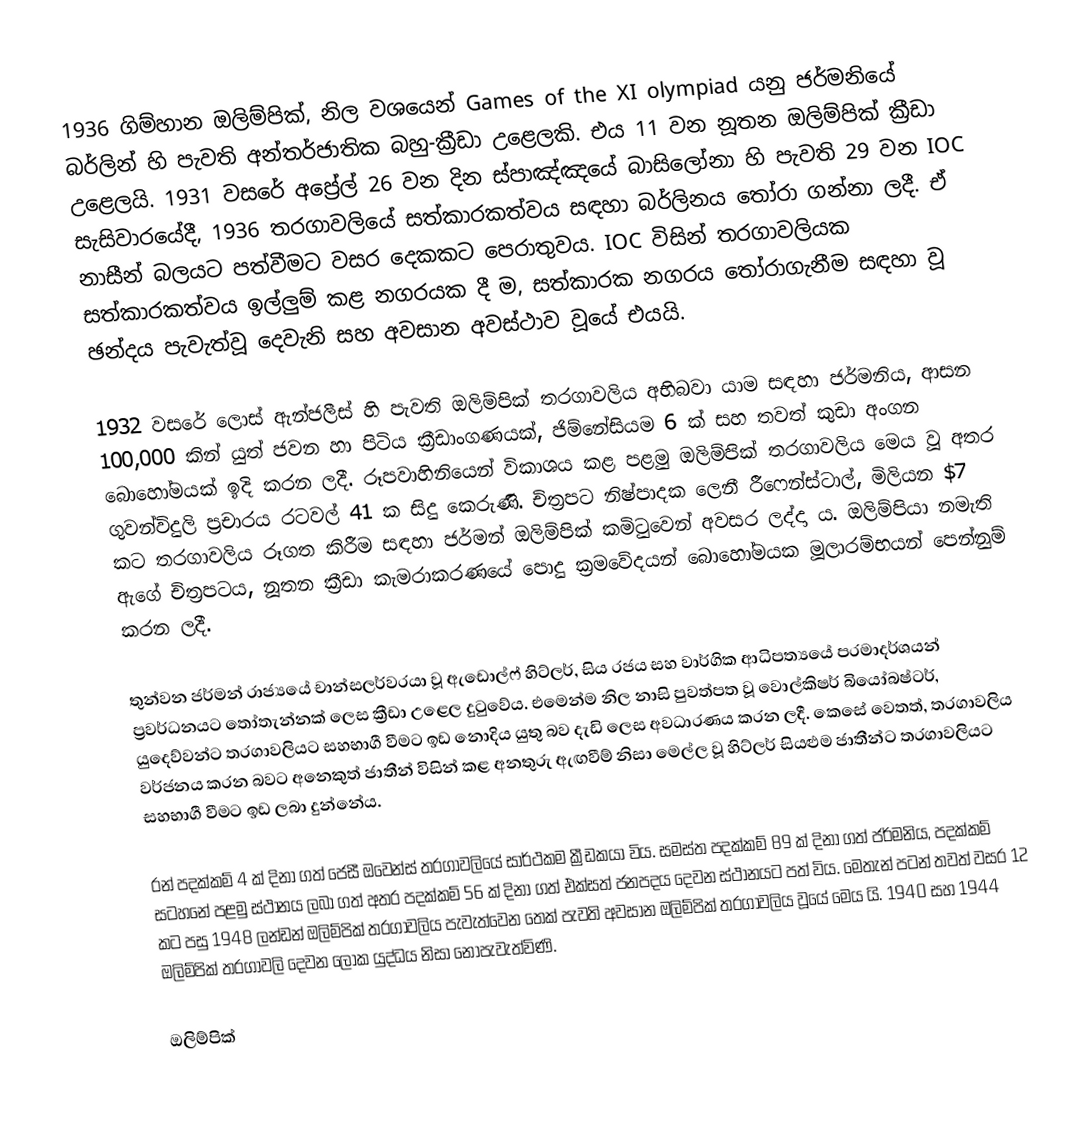
1936 ගිම්හාන ඔලිම්පික්, නිල වශයෙන් Games of the XI olympiad යනු ජර්මනියේ බර්ලින් හි පැවති අන්තර්ජාතික බහු-ක්‍රීඩා උළෙලකි. එය 11 වන නූතන ඔලිම්පික් ක්‍රීඩා උළෙලයි. 1931 වසරේ අප්‍රේල් 26 වන දින ස්පාඤ්ඤයේ බාසිලෝනා හි පැවති 29 වන IOC සැසිවාරයේදී, 1936 තරගාවලියේ සත්කාරකත්වය සඳහා බර්ලිනය තෝරා ගන්නා ලදී. ඒ නාසීන් බලයට පත්වීමට වසර දෙකකට පෙරාතුවය.  IOC විසින් තරගාවලියක සත්කාරකත්වය ඉල්ලුම් කළ නගරයක දී ම, සත්කාරක නගරය තෝරාගැනීම සඳහා වූ ඡන්දය පැවැත්වූ දෙවැනි සහ අවසාන අවස්ථාව වූයේ එයයි.

1932 වසරේ ලොස් ඇන්ජලීස් හි පැවති ඔලිම්පික් තරගාවලිය අභිබවා යාම සඳහා ජර්මනිය, ආසන 100,000 කින් යුත් ජවන හා පිටිය ක්‍රීඩාංගණයක්, ජිම්නේසියම 6 ක් සහ තවත් කුඩා අංගන බොහෝමයක් ඉදි කරන ලදී. රූපවාහිනියෙන් විකාශය කළ පළමු ඔලිම්පික් තරගාවලිය මෙය වූ අතර ගුවන්විදුලි ප්‍රචාරය රටවල් 41 ක සිදු කෙරුණි. චිත්‍රපට නිෂ්පාදක ලෙනී රීෆෙන්ස්ටාල්, මිලියන $7 කට තරගාවලිය රූගත කිරීම සඳහා ජර්මන් ඔලිම්පික් කමිටුවෙන් අවසර ලද්දා ය. ඔලිම්පියා නමැති ඇගේ චිත්‍රපටය, නූතන ක්‍රීඩා කැමරාකරණයේ පොදු ක්‍රමවේදයන් බොහෝමයක මූලාරම්භයන් පෙන්නුම් කරන ලදී.

තුන්වන ජර්මන් රාජ්‍යයේ චාන්සලර්වරයා වූ ඇඩොල්ෆ් හිට්ලර්, සිය රජය සහ වාර්ගික ආධිපත්‍යයේ පරමාදර්ශයන් ප්‍රවර්ධනයට තෝතැන්නක් ලෙස ක්‍රීඩා උළෙල දුටුවේය. එමෙන්ම නිල නාසි පුවත්පත වූ වොල්කිෂර් බියෝබෂ්ටර්, යුදෙව්වන්ට තරගාවලියට සහභාගී වීමට ඉඩ නොදිය යුතු බව දැඩි ලෙස අවධාරණය කරන ලදී. කෙසේ වෙතත්, තරගාවලිය වර්ජනය කරන බවට අනෙකුත් ජාතීන් විසින් කළ අනතුරු ඇඟවීම් නිසා මෙල්ල වූ හිට්ලර් සියළුම ජාතීන්ට තරගාවලියට සහභාගී වීමට ඉඩ ලබා දුන්නේය.

රන් පදක්කම් 4 ක් දිනා ගත් ජෙසී ඔවෙන්ස් තරගාවලියේ සාර්ථකම ක්‍රීඩකයා විය. සමස්ත පදක්කම් 89 ක් දිනා ගත් ජර්මනිය, පදක්කම් සටහනේ පළමු ස්ථානය ලබා ගත් අතර පදක්කම් 56 ක් දිනා ගත් එක්සත් ජනපදය දෙවන ස්ථානයට පත් විය. මෙතැන් පටන් තවත් වසර 12 කට පසු 1948 ලන්ඩන් ඔලිම්පික් තරගාවලිය පැවැත්වෙන තෙක් පැවති අවසාන ඔලිම්පික් තරගාවලිය වූයේ මෙය යි. 1940 සහ 1944 ඔලිම්පික් තරගාවලි දෙවන ලෝක යුද්ධය නිසා නොපැවැත්විණි.

ඔලිම්පික්